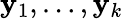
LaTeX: \mathbf{y}_{1},\ldots,\mathbf{y}_{k}